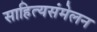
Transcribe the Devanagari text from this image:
साहित्यसंमेलन